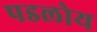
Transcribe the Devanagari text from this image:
पडलोय